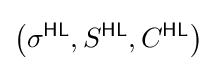
\left(\sigma ^{\textsf {HL}},S^{\textsf {HL}},C^{\textsf {HL}}\right)